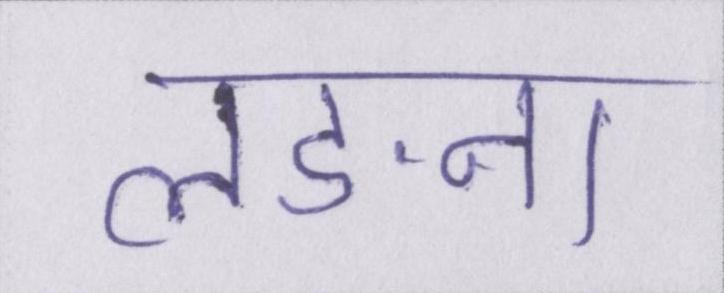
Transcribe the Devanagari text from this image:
लङना